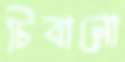
চিবানো